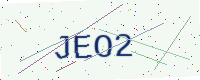
Text: JEO2